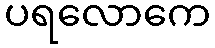
ပရလောကေ